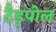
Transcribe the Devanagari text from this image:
टैड्पोल